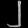
Digit: ၂